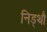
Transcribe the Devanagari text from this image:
निड्थौ